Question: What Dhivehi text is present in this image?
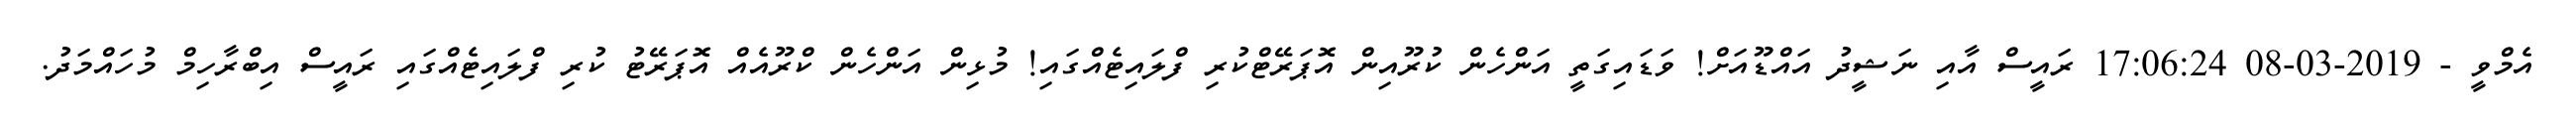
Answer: އެމްވީ - 2019-03-08 17:06:24 ރައީސް އާއި ނަޝީދު އައްޑޫއަށް! ވަޑައިގަތީ އަންހެން ކުރޫއިން އޮޕަރޭޓްކުރި ފްލައިޓެއްގައި! މުޅިން އަންހެން ކްރޫއެއް އޮޕަރޭޓު ކުރި ފްލައިޓެއްގައި ރައީސް އިބްރާހިމް މުހައްމަދު.